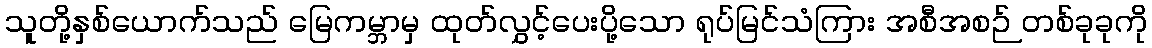
သူတို့နှစ်ယောက်သည် မြေကမ္ဘာမှ ထုတ်လွှင့်ပေးပို့သော ရုပ်မြင်သံကြား အစီအစဉ် တစ်ခုခုကို